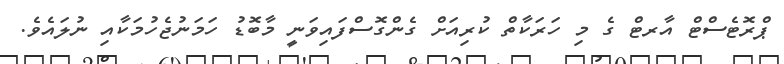
ޕްރޮޓެސްޓް އާރޓް ގެ މި ހަރަކާތް ކުރިއަށް ގެންގޮސްފައިވަނީ މާބޮޑު ހަމަނުޖެހުމަކާއި ނުލައެވެ.